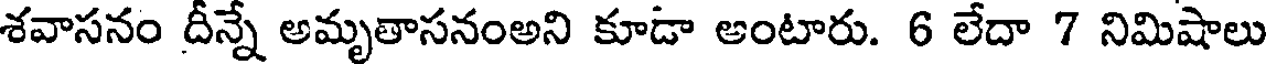
శవాసనం దీన్నే అమృతాసనంఅని కూడా అంటారు. 6 లేదా 7 నిమిషాలు